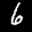
Label: 6